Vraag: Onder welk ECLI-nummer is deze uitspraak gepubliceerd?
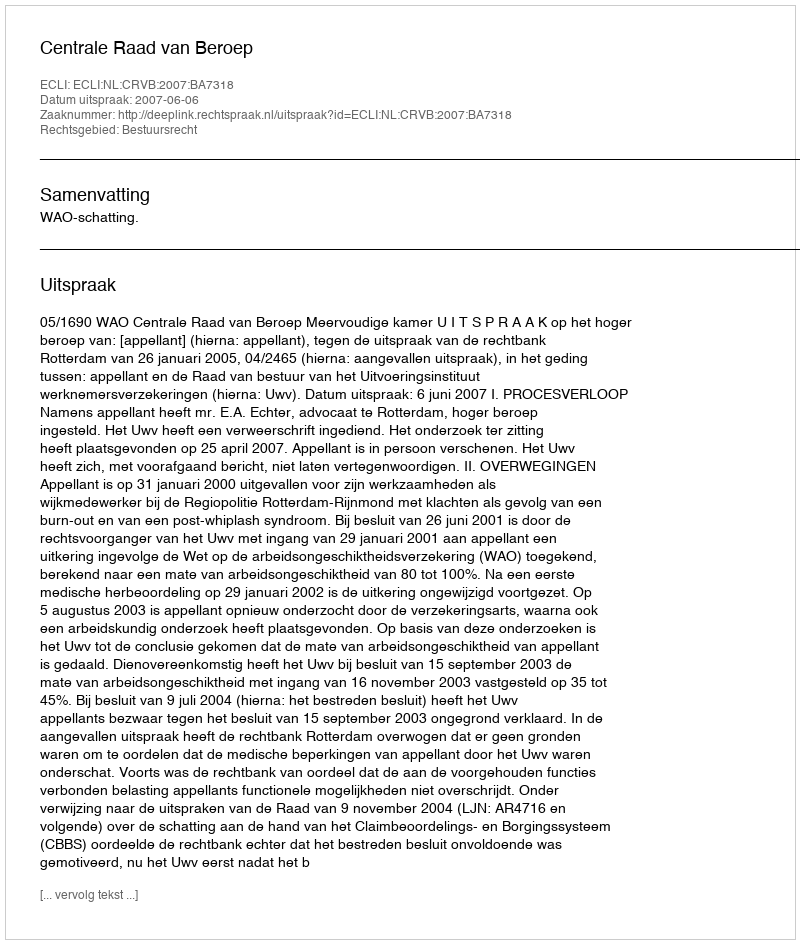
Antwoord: ECLI:NL:CRVB:2007:BA7318